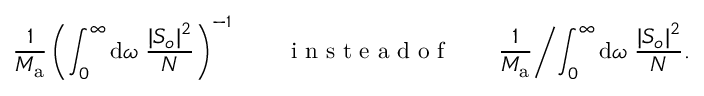
\frac { 1 } { M _ { \mathrm { a } } } \left( \int _ { 0 } ^ { \infty } \mathrm { d } \omega \; \frac { | S _ { o } | ^ { 2 } } { N } \right) ^ { - 1 } \qquad \mathrm { ~ i ~ n ~ s ~ t ~ e ~ a ~ d ~ o ~ f ~ } \qquad \frac { 1 } { M _ { \mathrm { a } } } \biggl / \int _ { 0 } ^ { \infty } \mathrm { d } \omega \; \frac { | S _ { o } | ^ { 2 } } { N } .